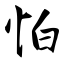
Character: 怕